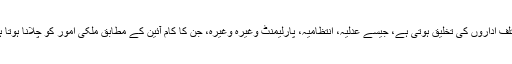
مختلف اداروں کی تخلیق ہوتی ہے، جیسے عدلیہ، انتظامیہ، پارلیمنٹ وغیرہ وغیرہ، جن کا کام آئین کے مطابق ملکی امور کو چلانا ہوتا ہے۔